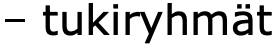
– tukiryhmät